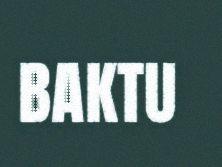
BAKTU